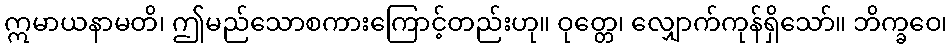
ဣမာယနာမတိ၊ ဤမည်သောစကားကြောင့်တည်းဟု။ ဝုတ္တေ၊ လျှောက်ကုန်ရှိသော်။ ဘိက္ခဝေ၊